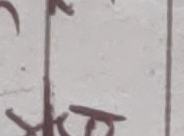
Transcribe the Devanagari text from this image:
र